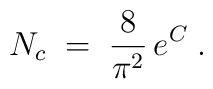
N_c \;=\; \frac{8}{\pi^2} \, e^C \;.